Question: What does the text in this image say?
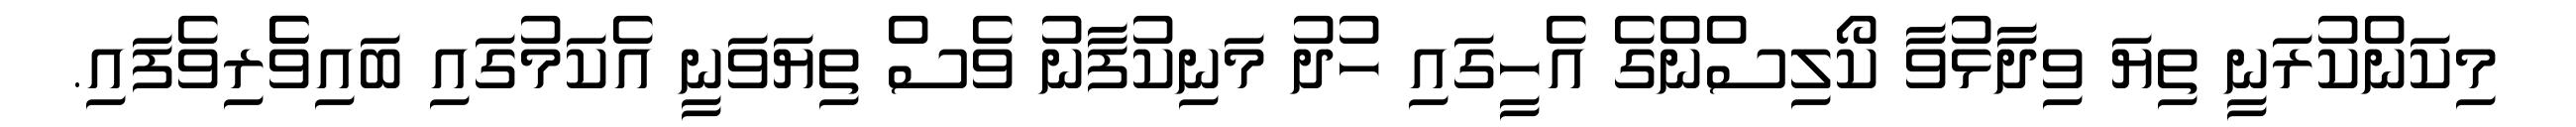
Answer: މިކަންކުރަނީ ތިޔަ ވިދާޅުވާ ކޯލިސްންގެ އެހީގައި ހުދު މަނިކުފާނު ވެސް ތިޔަވަނީ އެކަމުގައި ބައިވެެރިވެފައި.